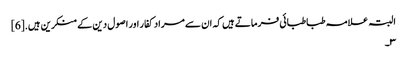
البتہ علامہ طباطبائی فرماتے ہیں کہ ان سے مراد کفار اور اصول دین کے منکرین ہیں.[6]
۳۔